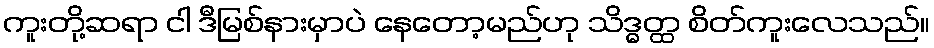
ကူးတို့ဆရာ ငါ ဒီမြစ်နားမှာပဲ နေတော့မည်ဟု သိဒ္ဓတ္ထ စိတ်ကူးလေသည်။